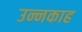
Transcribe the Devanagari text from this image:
उन्नकाह